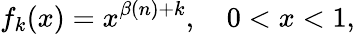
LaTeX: f_{k}(x)=x^{\beta(n)+k},\quad 0<x<1,